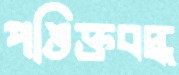
পঙিক্তবদ্ধ